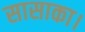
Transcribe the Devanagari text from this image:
सासाका।